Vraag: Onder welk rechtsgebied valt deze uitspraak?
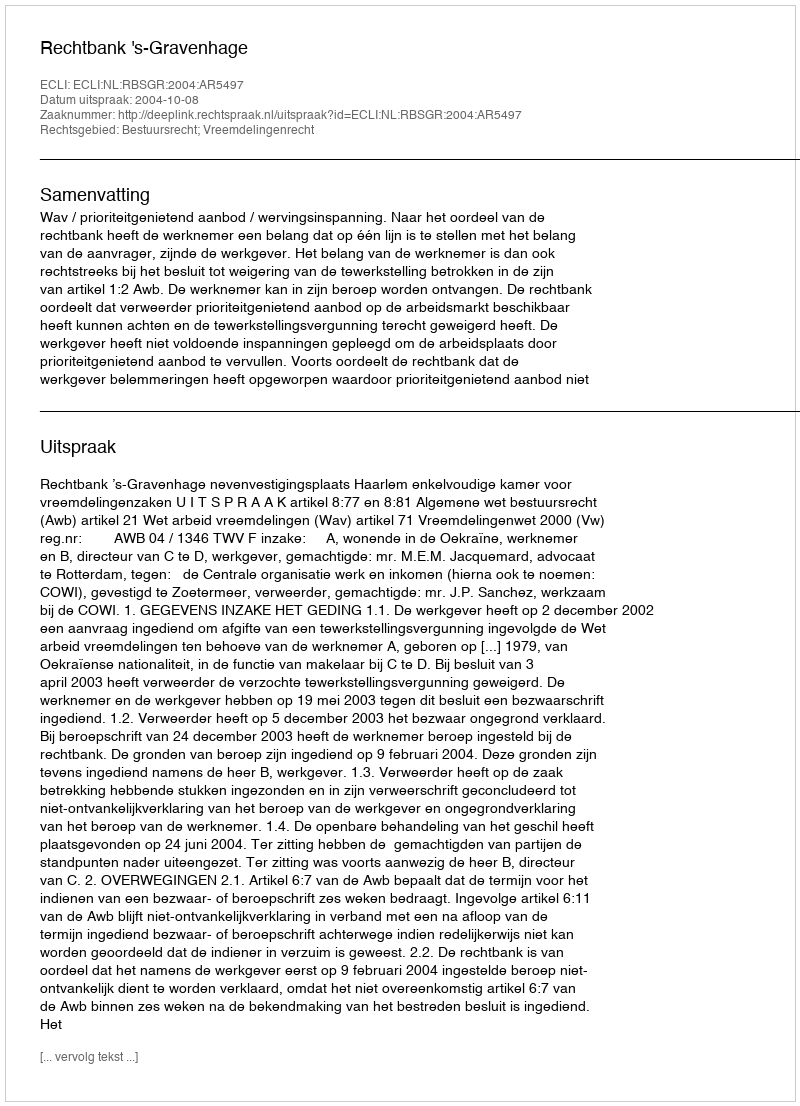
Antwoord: Bestuursrecht; Vreemdelingenrecht